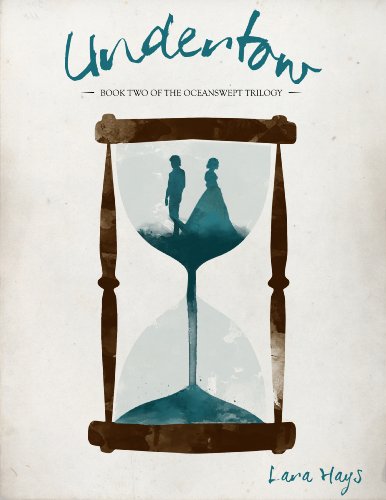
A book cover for Undertow (Oceanswept Trilogy Book 2); Lara Hays; Teen & Young Adult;